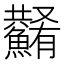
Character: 𩼮